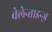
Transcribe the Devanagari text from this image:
वेलेन्ताइन्ज़